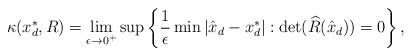
LaTeX: \begin{align*}\kappa(x_d^{\ast},R) = \lim_{\epsilon\rightarrow 0^+}\sup\left\{\frac{1}{\epsilon}\min|\hat{x}_d-x_d^{\ast}|:\det(\widehat{R}(\hat{x}_d)) = 0\right\},\end{align*}